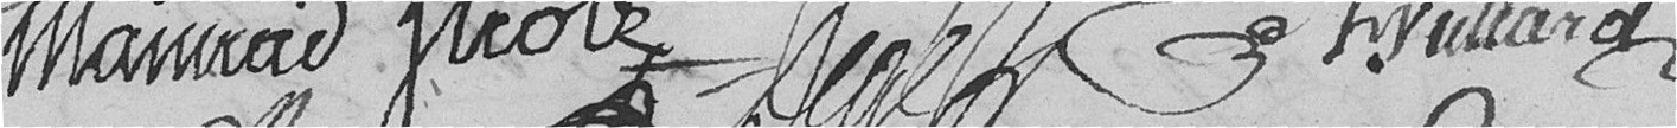
Strolz